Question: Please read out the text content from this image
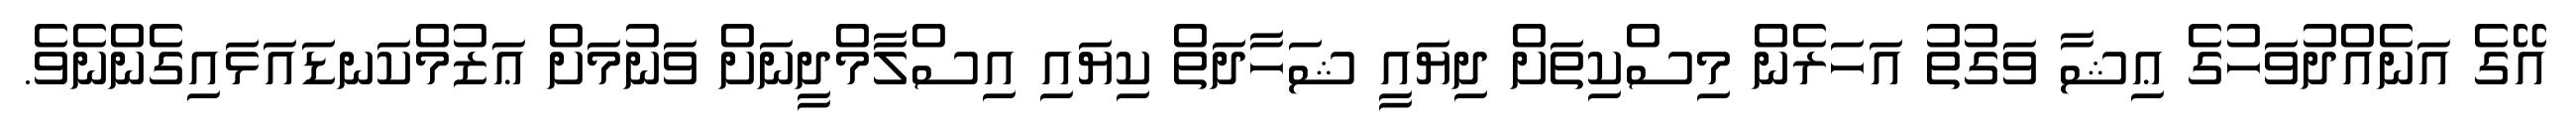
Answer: އޭގެ އަނެއްދުވަހުގެ ޢިޝާ ވަގުތު އަހަރެން މިސްކިތަށް ދިޔައީ ޝަހާދަތް ކިޔައި އިސްލާމްދީނަށް ވަނުމަށް ޢަޒުމްކަނޑައަޅައިގެންނެވެ.